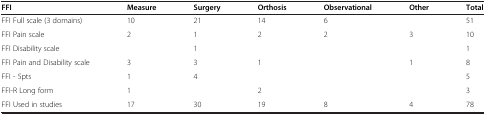
<table><thead><tr><td><b>FFI</b></td><td><b>Measure</b></td><td><b>Surgery</b></td><td><b>Orthosis</b></td><td><b>Observational</b></td><td><b>Other</b></td><td><b>Total</b></td></tr></thead><tbody><tr><td>FFI Full scale (3 domains)</td><td>10</td><td>21</td><td>14</td><td>6</td><td> </td><td>51</td></tr><tr><td>FFI Pain scale</td><td>2</td><td>1</td><td>2</td><td>2</td><td>3</td><td>10</td></tr><tr><td>FFI Disability scale</td><td> </td><td>1</td><td> </td><td> </td><td> </td><td>1</td></tr><tr><td>FFI Pain and Disability scale</td><td>3</td><td>3</td><td>1</td><td> </td><td>1</td><td>8</td></tr><tr><td>FFI - 5pts</td><td>1</td><td>4</td><td> </td><td> </td><td> </td><td>5</td></tr><tr><td>FFI-R Long form</td><td>1</td><td> </td><td>2</td><td> </td><td> </td><td>3</td></tr><tr><td>FFI Used in studies</td><td>17</td><td>30</td><td>19</td><td>8</td><td>4</td><td>78</td></tr></tbody></table>